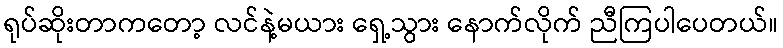
ရုပ်ဆိုးတာကတော့ လင်နဲ့မယား ရှေ့သွား နောက်လိုက် ညီကြပါပေတယ်။